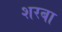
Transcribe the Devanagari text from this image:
शरबा